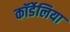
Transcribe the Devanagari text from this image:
कॉर्डेलिया